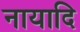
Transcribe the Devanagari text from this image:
नायादि